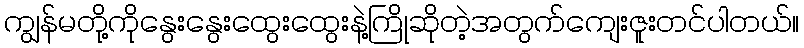
ကျွန်မတို့ကိုနွေးနွေးထွေးထွေးနဲ့ကြိုဆိုတဲ့အတွက်ကျေးဇူးတင်ပါတယ်။